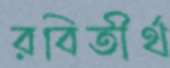
রবিতীর্থ